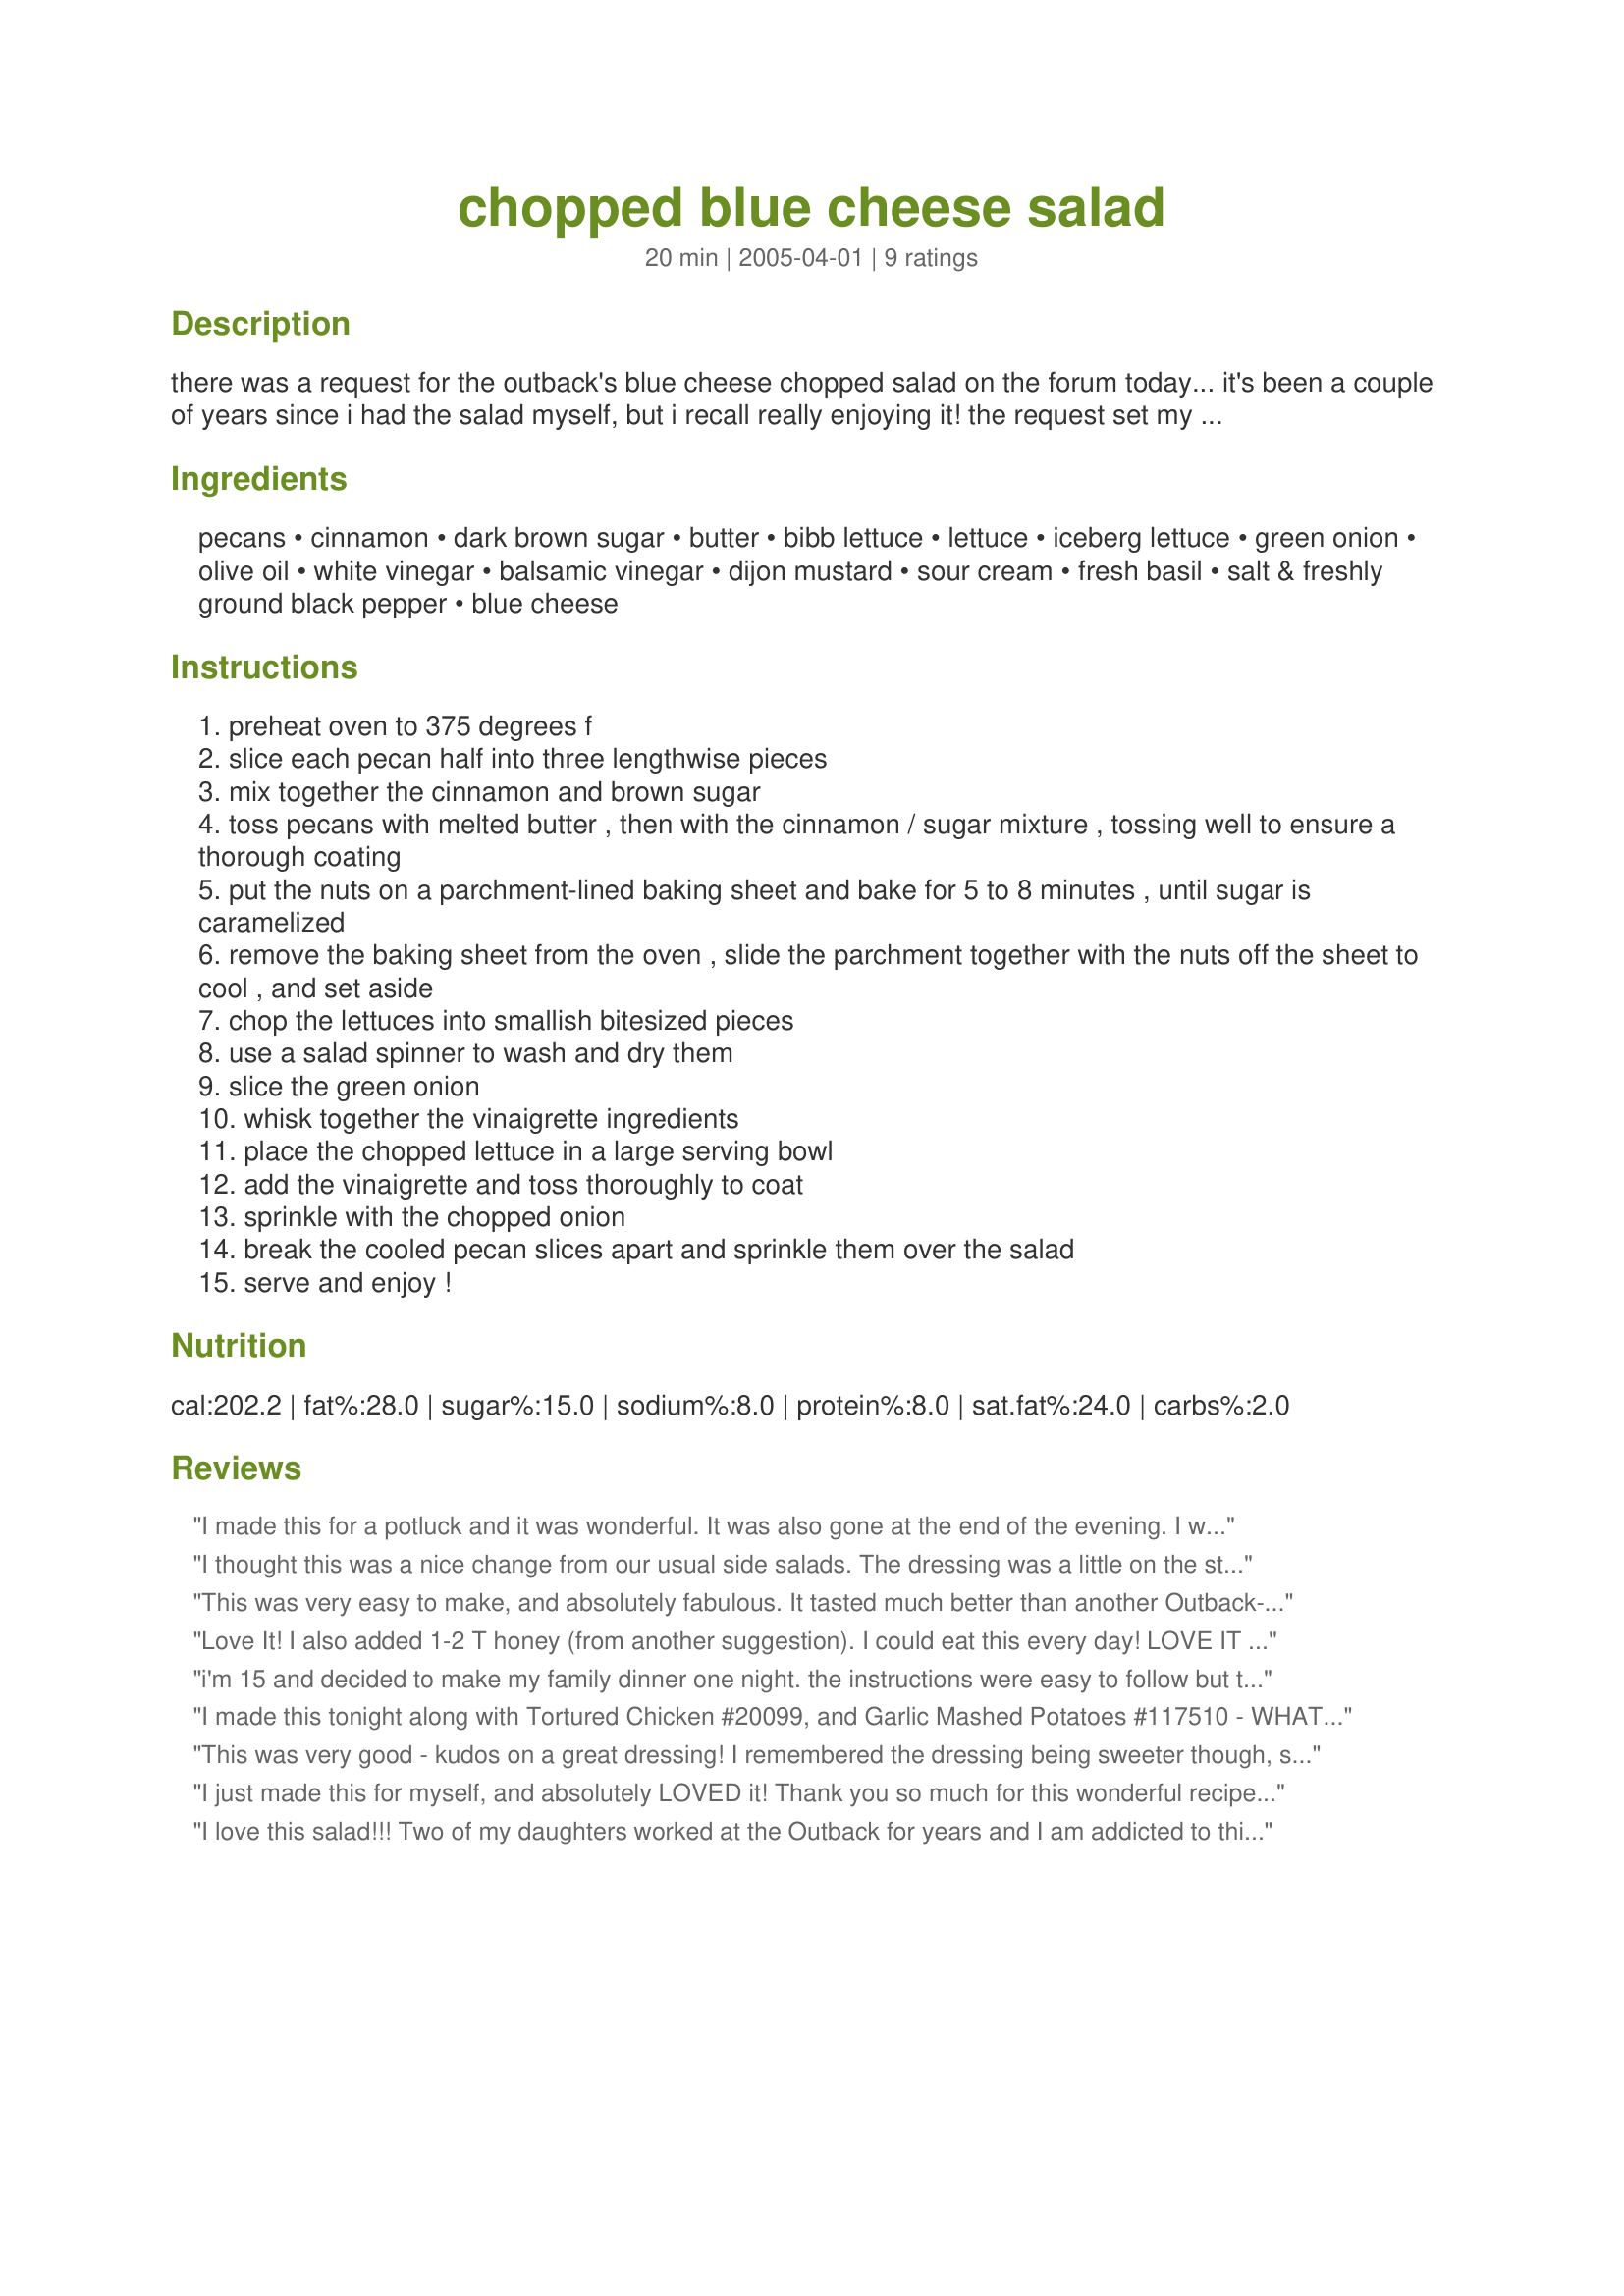
chopped blue cheese salad
Preparation time: 20 minutes

there was a request for the outback's blue cheese chopped salad on the forum today... it's been a couple of years since i had the salad myself, but i recall really enjoying it! the request set my tastebuds a'craving, so i put together this salad. we took it to a potluck today - i had two servings of it for lunch, and the husband and potluck attendees pronounced it great! :)

Ingredients:
pecans, cinnamon, dark brown sugar, butter, bibb lettuce, lettuce, iceberg lettuce, green onion, olive oil, white vinegar, balsamic vinegar, dijon mustard, sour cream, fresh basil, salt & freshly ground black pepper, blue cheese

Steps:
preheat oven to 375 degrees f
slice each pecan half into three lengthwise pieces
mix together the cinnamon and brown sugar
toss pecans with melted butter , then with the cinnamon / sugar mixture , tossing well to ensure a thorough coating
put the nuts on a parchment-lined baking sheet and bake for 5 to 8 minutes , until sugar is caramelized
remove the baking sheet from the oven , slide the parchment together with the nuts off the sheet to cool , and set aside
chop the lettuces into smallish bitesized pieces
use a salad spinner to wash and dry them
slice the green onion
whisk together the vinaigrette ingredients
place the chopped lettuce in a large serving bowl
add the vinaigrette and toss thoroughly to coat
sprinkle with the chopped onion
break the cooled pecan slices apart and sprinkle them over the salad
serve and enjoy !

Reviews:
I made this for a potluck and it was wonderful. It was also gone at the end of the evening. I will definitely be making this one again.
I thought this was a nice change from our usual side salads. The dressing was a little on the strong side. I added some honey after my first taste and that helped make it more mild. Just a word of warning - a little dressing goes a LONG way! I will make this again, but not overdress it and definitely use the honey.
This was very easy to make, and absolutely fabulous. It tasted much better than another Outback-copycat recipe I've tried in the past. I used a bagged Veggie Lovers mix (I left everything but the snow peas in), and even though it wasn't the same exact mix as stated in the recipe, I can't see that it lost anything in the taste translation. :) Thanks, Julesong, for coming up with this and sharing it with us!
Love It! I also added 1-2 T honey (from another suggestion). I could eat this every day! LOVE IT LOVE IT LOVE IT!
i'm 15 and decided to make my family dinner one night. the instructions were easy to follow but the dressing did not need the white vinegar at all. the first time, i put it in there but i threw out that batch of dressing because it tasted really bad. but besides that, no complaints and we were all wishing i had made more so we could have seconds! :]
I made this tonight along with Tortured Chicken #20099, and Garlic Mashed Potatoes #117510 - WHAT A GREAT MEAL!!!
This was very good - kudos on a great dressing! I remembered the dressing being sweeter though, so I added honey to the dressing (about a tablespoon) and will add two next time. I also might leave out the basil (gasp, because it's my FAVORITE!) because I actually think it takes away from the other flavors. Finally, I used store-bought sugared pecans and crushed them slightly for ease. YUM, YUM!!
I just made this for myself, and absolutely LOVED it! Thank you so much for this wonderful recipe. 5 STARS!
I love this salad!!! Two of my daughters worked at the Outback for years and I am addicted to this!!!! Thanks for posting. Pollyw
